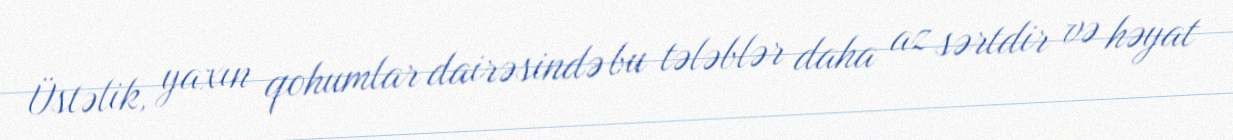
Üstəlik, yaxın qohumlar dairəsində bu tələblər daha az sərtdir və həyat